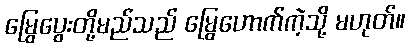
မြွေပွေးတို့မည်သည် မြွေဟောက်ကဲ့သို့ မဟုတ်။